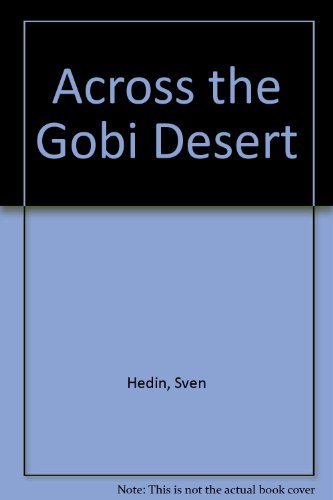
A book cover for Across the Gobi Desert,; Sven Anders Hedin; Travel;